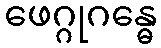
ဖေဂ္ဂုဂန္ဓေ